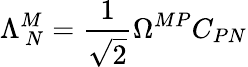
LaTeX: \Lambda_{\, N}^{M}=\frac{1}{\sqrt{2}}\Omega^{MP}C_{PN}